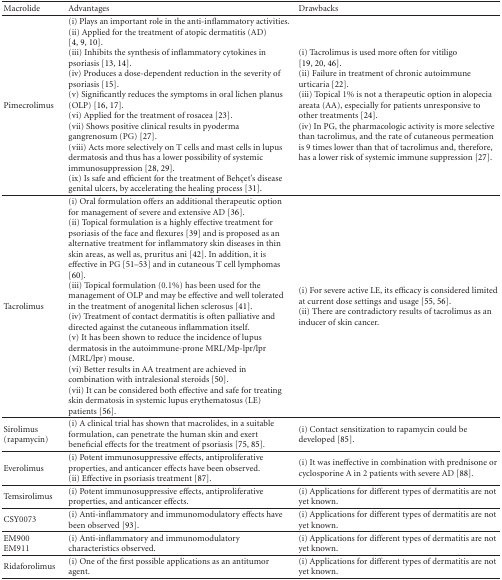
<table><thead><tr><td><b>Macrolide</b></td><td><b>Advantages</b></td><td><b>Drawbacks</b></td></tr></thead><tbody><tr><td>Pimecrolimus</td><td>(i) Plays an important role in the anti-inflammatory activities.(ii) Applied for the treatment of atopic dermatitis (AD) [4, 9, 10].(iii) Inhibits the synthesis of inflammatory cytokines in psoriasis [13, 14].(iv) Produces a dose-dependent reduction in the severity of psoriasis [15].(v) Significantly reduces the symptoms in oral lichen planus (OLP) [16, 17].(vi) Applied for the treatment of rosacea [23].(vii) Shows positive clinical results in pyoderma gangrenosum (PG) [27].(viii) Acts more selectively on T cells and mast cells in lupus dermatosis and thus has a lower possibility of systemic immunosuppression [28, 29].(ix) Is safe and efficient for the treatment of Behçet&#x27;s disease genital ulcers, by accelerating the healing process [31].</td><td>(i) Tacrolimus is used more often for vitiligo [19, 20, 46].(ii) Failure in treatment of chronic autoimmune urticaria [22].(iii) Topical 1% is not a therapeutic option in alopecia areata (AA), especially for patients unresponsive to other treatments [24].(iv) In PG, the pharmacologic activity is more selective than tacrolimus, and the rate of cutaneous permeation is 9 times lower than that of tacrolimus and, therefore, has a lower risk of systemic immune suppression [27].</td></tr><tr><td>Tacrolimus</td><td>(i) Oral formulation offers an additional therapeutic option for management of severe and extensive AD [36].(ii) Topical formulation is a highly effective treatment for psoriasis of the face and flexures [39] and is proposed as an alternative treatment for inflammatory skin diseases in thin skin areas, as well as, pruritus ani [42]. In addition, it is effective in PG [51–53] and in cutaneous T cell lymphomas [60].(iii) Topical formulation (0.1%) has been used for the management of OLP and may be effective and well tolerated in the treatment of anogenital lichen sclerosus [41].(iv) Treatment of contact dermatitis is often palliative and directed against the cutaneous inflammation itself.(v) It has been shown to reduce the incidence of lupus dermatosis in the autoimmune-prone MRL/Mp-lpr/lpr (MRL/lpr) mouse.(vi) Better results in AA treatment are achieved in combination with intralesional steroids [50].(vii) It can be considered both effective and safe for treating skin dermatosis in systemic lupus erythematosus (LE) patients [56].</td><td>(i) For severe active LE, its efficacy is considered limited at current dose settings and usage [55, 56].(ii) There are contradictory results of tacrolimus as an inducer of skin cancer.</td></tr><tr><td>Sirolimus (rapamycin)</td><td>(i) A clinical trial has shown that macrolides, in a suitable formulation, can penetrate the human skin and exert beneficial effects for the treatment of psoriasis [75, 85].</td><td>(i) Contact sensitization to rapamycin could be developed [85].</td></tr><tr><td>Everolimus</td><td>(i) Potent immunosuppressive effects, antiproliferative properties, and anticancer effects have been observed.(ii) Effective in psoriasis treatment [87].</td><td>(i) It was ineffective in combination with prednisone or cyclosporine A in 2 patients with severe AD [88]. </td></tr><tr><td>Temsirolimus</td><td>(i) Potent immunosuppressive effects, antiproliferative properties, and anticancer effects.</td><td>(i) Applications for different types of dermatitis are not yet known.</td></tr><tr><td>CSY0073</td><td>(i) Anti-inflammatory and immunomodulatory effects have been observed [93].</td><td>(i) Applications for different types of dermatitis are not yet known.</td></tr><tr><td>EM900EM911</td><td>(i) Anti-inflammatory and immunomodulatory characteristics observed.</td><td>(i) Applications for different types of dermatitis are not yet known.</td></tr><tr><td>Ridaforolimus</td><td>(i) One of the first possible applications as an antitumor agent.</td><td>(i) Applications for different types of dermatitis are not yet known.</td></tr></tbody></table>